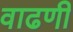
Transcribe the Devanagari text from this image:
वाढणी